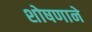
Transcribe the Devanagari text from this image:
शोषणाने